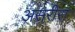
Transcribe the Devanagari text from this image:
असरीरा